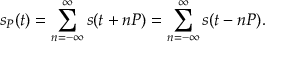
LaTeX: s _ { P } ( t ) = \sum _ { n = - \infty } ^ { \infty } s ( t + n P ) = \sum _ { n = - \infty } ^ { \infty } s ( t - n P ) .